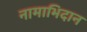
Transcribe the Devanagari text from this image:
नामाभिदान